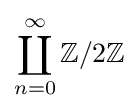
\coprod _{n=0}^{\infty }\mathbb {Z} /2\mathbb {Z}